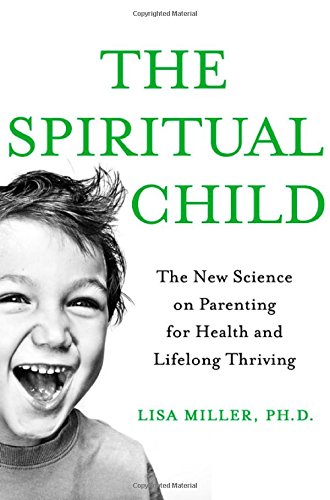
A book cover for The Spiritual Child: The New Science on Parenting for Health and Lifelong Thriving; Lisa J Miller; Parenting & Relationships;